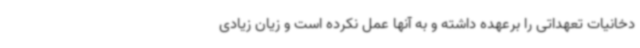
دخانیات تعهداتی را برعهده داشته و به آنها عمل نکرده است و زیان زیادی